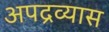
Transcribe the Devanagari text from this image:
अपद्रव्यास